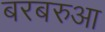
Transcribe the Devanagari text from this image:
बरबरुआ